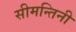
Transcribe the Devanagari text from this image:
सीमन्तिनी